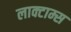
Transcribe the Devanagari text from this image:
लाक्टाम्स